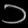
Digit: ၁